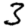
Digit: 3